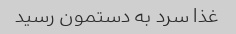
غذا سرد به دستمون رسید